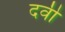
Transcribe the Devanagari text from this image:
दवी